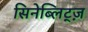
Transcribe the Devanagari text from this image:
सिनेब्लिट्ज़